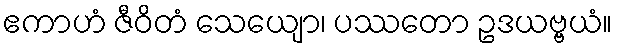
ဧကာဟံ ဇီဝိတံ သေယျော၊ ပဿတော ဥဒယဗ္ဗယံ။